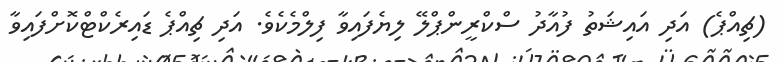
(ޗިއްޕެ) އަދި އައިޝަތު ފުއާދު ސްކްރީންޕްލޭ ލިޔެފައިވާ ފިލްމެކެވެ. އަދި ޗިއްޕެ ޑައިރެކްޓްކޮށްފައިވާ